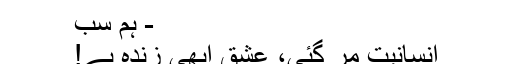
- ہم سب
انسانیت مر گئی، عشق ابھی زندہ ہے!